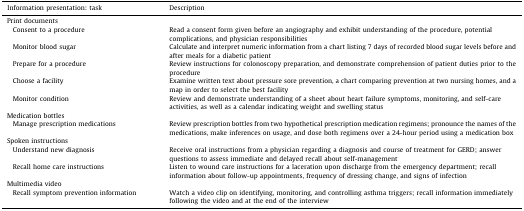
<table><thead><tr><td><b>Information presentation: task</b></td><td><b>Description</b></td></tr></thead><tbody><tr><td>Print documents</td><td></td></tr><tr><td> Consent to a procedure</td><td>Read a consent form given before an angiography and exhibit understanding of the procedure, potential complications, and physician responsibilities</td></tr><tr><td> Monitor blood sugar</td><td>Calculate and interpret numeric information from a chart listing 7 days of recorded blood sugar levels before and after meals for a diabetic patient</td></tr><tr><td> Prepare for a procedure</td><td>Review instructions for colonoscopy preparation, and demonstrate comprehension of patient duties prior to the procedure</td></tr><tr><td> Choose a facility</td><td>Examine written text about pressure sore prevention, a chart comparing prevention at two nursing homes, and a map in order to select the best facility</td></tr><tr><td> Monitor condition</td><td>Review and demonstrate understanding of a sheet about heart failure symptoms, monitoring, and self-care activities, as well as a calendar indicating weight and swelling status</td></tr><tr><td>Medication bottles</td><td></td></tr><tr><td> Manage prescription medications</td><td>Review prescription bottles from two hypothetical prescription medication regimens; pronounce the names of the medications, make inferences on usage, and dose both regimens over a 24-hour period using a medication box</td></tr><tr><td>Spoken instructions</td><td></td></tr><tr><td> Understand new diagnosis</td><td>Receive oral instructions from a physician regarding a diagnosis and course of treatment for GERD; answer questions to assess immediate and delayed recall about self-management</td></tr><tr><td> Recall home care instructions</td><td>Listen to wound care instructions for a laceration upon discharge from the emergency department; recall information about follow-up appointments, frequency of dressing change, and signs of infection</td></tr><tr><td>Multimedia video</td><td></td></tr><tr><td> Recall symptom prevention information</td><td>Watch a video clip on identifying, monitoring, and controlling asthma triggers; recall information immediately following the video and at the end of the interview</td></tr></tbody></table>